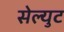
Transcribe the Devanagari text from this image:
सेल्युट